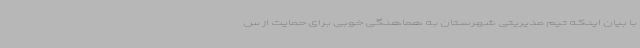
با بیان اینکه تیم مدیریتی شهرستان به هماهنگی خوبی برای حمایت از س